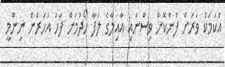
އެކަމަކު ވަރަށް ފުންކޮށް ވިސްނައި އާއިލާގެ ލަފާ ހޯދުމަށް ފަހު އަހަރެން ނިންމީ